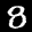
Label: 8